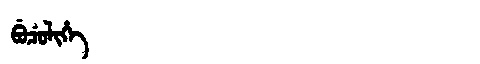
Manchu: ᠪᡠᠴᡠᠯᡳᡥᡝ
Romanization: BUCULIHE